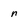
Character: n